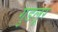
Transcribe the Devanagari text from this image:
गुडलूर